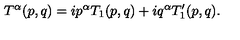
T ^ { \alpha } ( p , q ) = i p ^ { \alpha } T _ { 1 } ( p , q ) + i q ^ { \alpha } T _ { 1 } ^ { \prime } ( p , q ) .